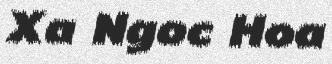
Xa Ngoc Hoa